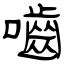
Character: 嚙